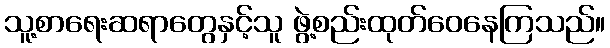
သူ့စာရေးဆရာတွေနှင့်သူ ဖွဲ့စည်းထုတ်ဝေနေကြသည်။